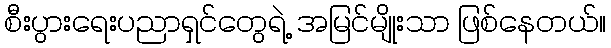
စီးပွားရေးပညာရှင်တွေရဲ့ အမြင်မျိုးသာ ဖြစ်နေတယ်။